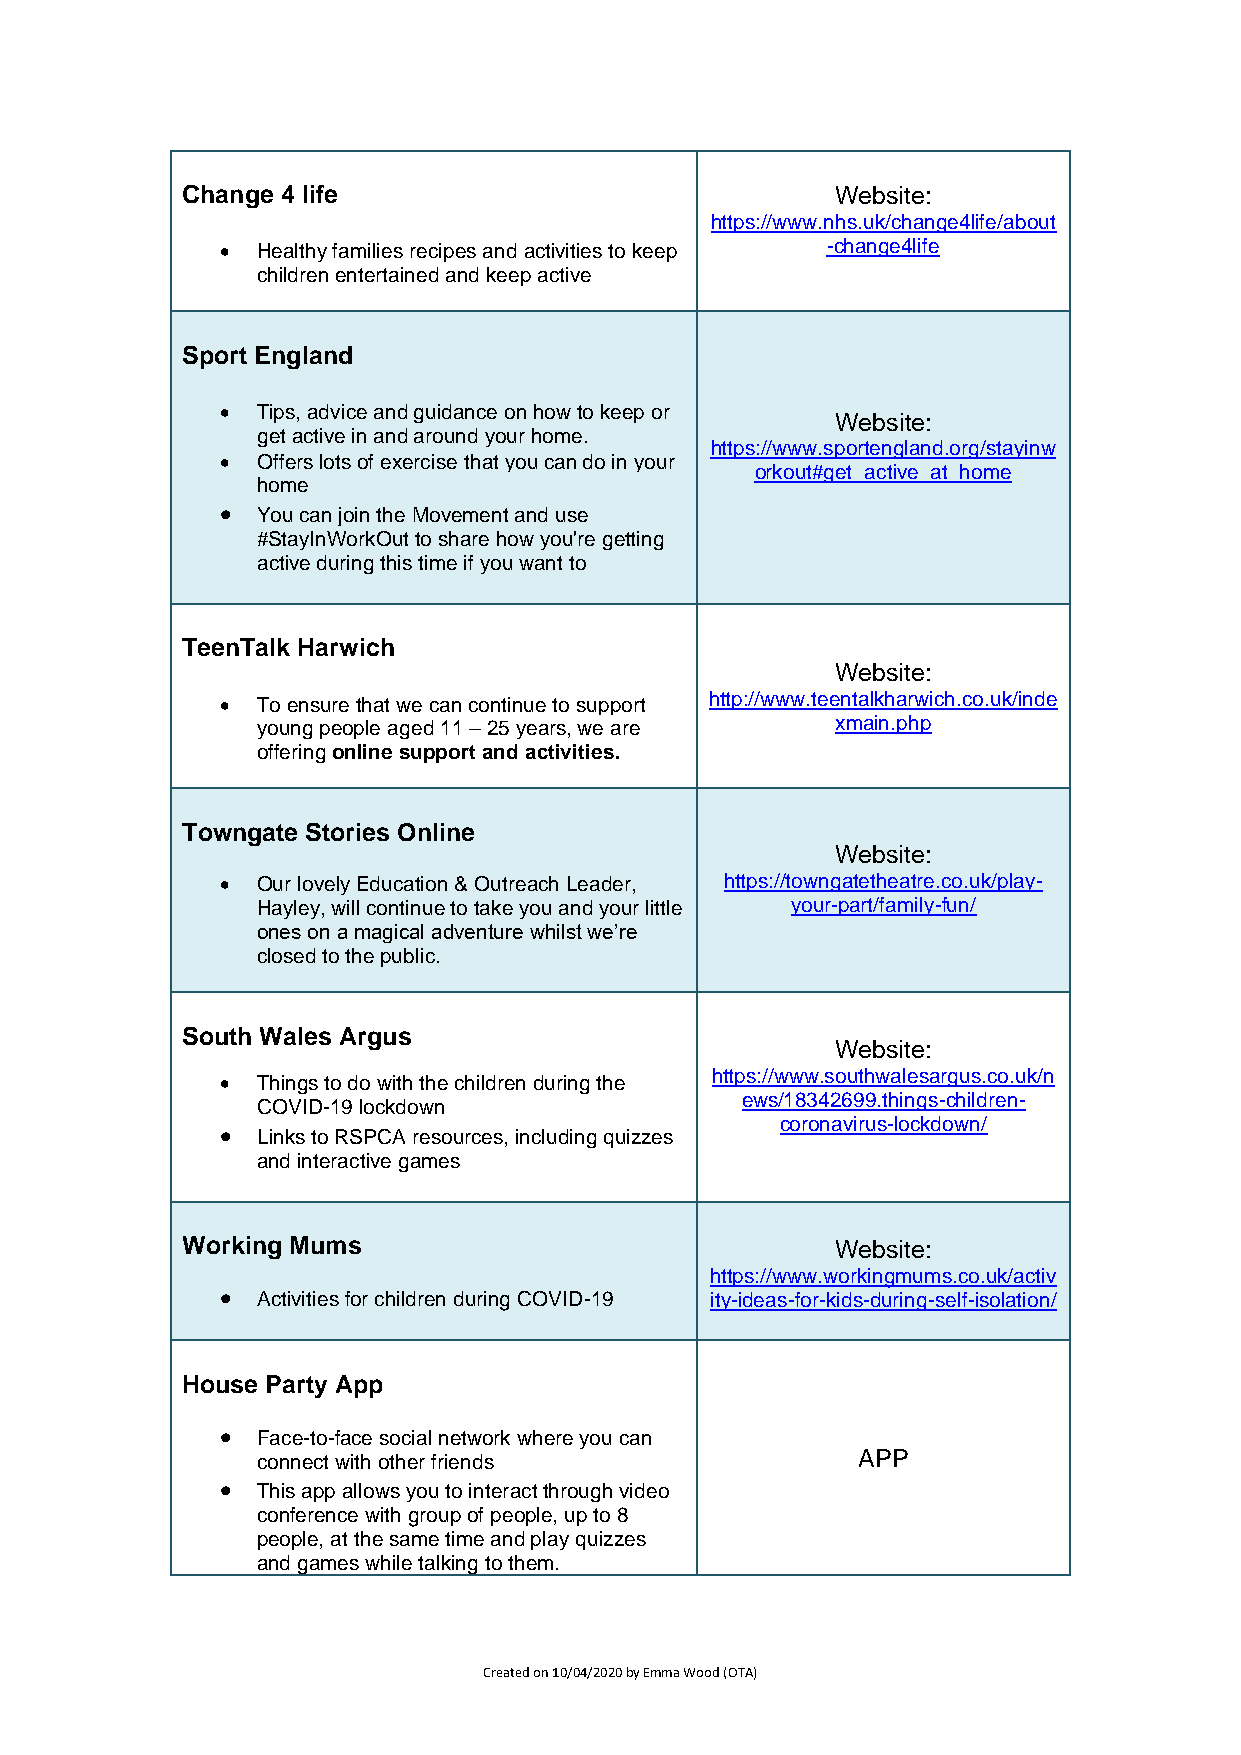
Change 4 life                              Website:
 https://www.nhs.uk/change4life/about
 • Healthy families recipes and activities to keep -change4life
 children entertained and keep active
 Sport England
 • Tips, advice and guidance on how to keep or
 Website:
 get active in and around your home.
 https://www.sportengland.org/stayinw
 • Offers lots of exercise that you can do in your
 orkout#get_active_at_home
 home
 • You can join the Movement and use
 #StayInWorkOut to share how you're getting
 active during this time if you want to
 TeenTalk Harwich
 Website:
 • To ensure that we can continue to support http://www.teentalkharwich.co.uk/inde
 young people aged 11 – 25 years, we are xmain.php
 offering online support and activities.
 Towngate Stories Online
 Website:
 • Our lovely Education & Outreach Leader, https://towngatetheatre.co.uk/play-
 Hayley, will continue to take you and your little your-part/family-fun/
 ones on a magical adventure whilst we’re
 closed to the public.
 South Wales Argus
 Website:
 https://www.southwalesargus.co.uk/n
 • Things to do with the children during the
 ews/18342699.things-children-
 COVID-19 lockdown
 coronavirus-lockdown/
 • Links to RSPCA resources, including quizzes
 and interactive games
 Working Mums                               Website:
 https://www.workingmums.co.uk/activ
 • Activities for children during COVID-19 ity-ideas-for-kids-during-self-isolation/
 House Party App
 • Face-to-face social network where you can
 connect with other friends              APP
 • This app allows you to interact through video
 conference with group of people, up to 8
 people, at the same time and play quizzes
 and games while talking to them.
 Created on 10/04/2020 by Emma Wood (OTA)